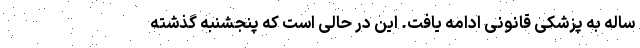
ساله به پزشکی قانونی ادامه یافت. این در حالی است که پنجشنبه گذشته